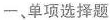
一、单项选择题